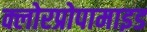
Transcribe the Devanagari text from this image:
क्लोरप्रोपामाइड